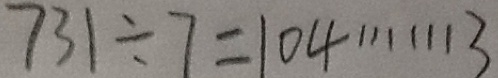
7 3 1 \div 7 = 1 0 4 \cdots 3